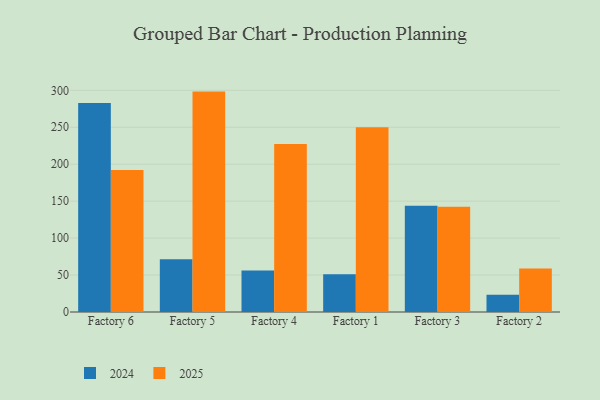
{"axis": {"x": "Factory", "y": "Backlog"}, "legend": ["2024", "2025"], "data": [{"x": "Factory 6", "y": 282.8, "type": "2024"}, {"x": "Factory 6", "y": 192.2, "type": "2025"}, {"x": "Factory 5", "y": 71.3, "type": "2024"}, {"x": "Factory 5", "y": 298.3, "type": "2025"}, {"x": "Factory 4", "y": 56.1, "type": "2024"}, {"x": "Factory 4", "y": 227.4, "type": "2025"}, {"x": "Factory 1", "y": 51.2, "type": "2024"}, {"x": "Factory 1", "y": 249.9, "type": "2025"}, {"x": "Factory 3", "y": 143.7, "type": "2024"}, {"x": "Factory 3", "y": 142.6, "type": "2025"}, {"x": "Factory 2", "y": 23.5, "type": "2024"}, {"x": "Factory 2", "y": 59.0, "type": "2025"}]}